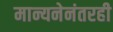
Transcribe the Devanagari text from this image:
मान्यनेनंतरही